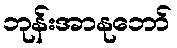
ဘုန်းအာနုဘော်